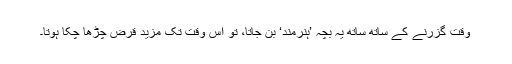
وقت گزرنے کے ساتھ ساتھ یہ بچہ ’ہنرمند‘ بن جاتا، تو اس وقت تک مزید قرض چڑھا چکا ہوتا۔